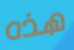
هذه